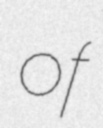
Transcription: of